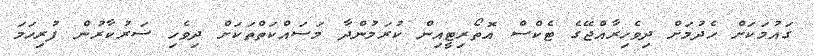
ގައުމަކަށް ހެދުމަށް ދިވެހިރާއްޖޭގެ ޓެކްސް އޮތޯރިޓީއިން ކުރަމުންދާ މަސައްކަތްތަކަށް ދިވެހި ސަރުކާރުން ފުރިހަމަ